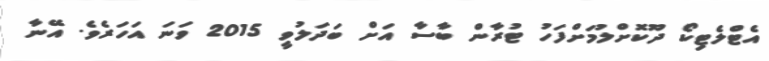
އެޓްލެޓިކޯ ދޫކޮށްލުމަށްފަހު ޓުރާން ބާސާ އަށް ބަދަލުވީ 2015 ވަނަ އަހަރެވެ. އޭނާ